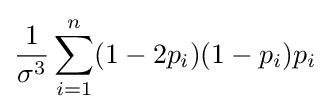
{\frac {1}{\sigma ^{3}}}\sum \limits _{i=1}^{n}(1-2p_{i})(1-p_{i})p_{i}